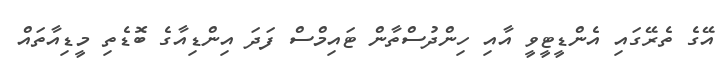
އޭގެ ތެރޭގައި އެންޑީޓީވީ އާއި ހިންދުސްތާން ޓައިމްސް ފަދަ އިންޑިއާގެ ބޮޑެތި މީޑިއާތައް